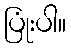
ပြုံးပါ။